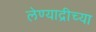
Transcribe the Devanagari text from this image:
लेण्याद्रीच्या